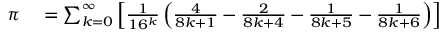
\begin{array} { r l } { \pi } & { { } = \sum _ { k = 0 } ^ { \infty } \left[ { \frac { 1 } { 1 6 ^ { k } } } \left( { \frac { 4 } { 8 k + 1 } } - { \frac { 2 } { 8 k + 4 } } - { \frac { 1 } { 8 k + 5 } } - { \frac { 1 } { 8 k + 6 } } \right) \right] } \end{array}